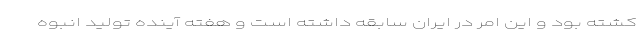
کشته بود و این امر در ایران سابقه داشته است و هفته آینده تولید انبوه